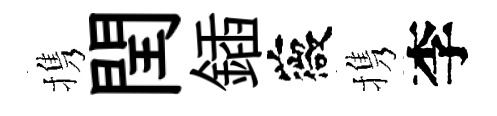
携閏鍤薇携李